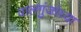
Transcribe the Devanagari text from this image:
वालगुंजांच्या